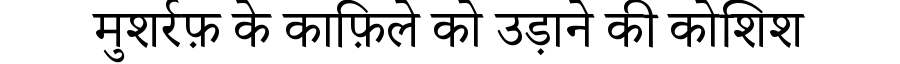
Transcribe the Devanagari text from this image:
मुशर्रफ़ के काफ़िले को उड़ाने की कोशिश